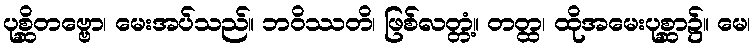
ပုစ္ဆိတဗ္ဗော၊ မေးအပ်သည်။ ဘဝိဿတိ၊ ဖြစ်လတ္တံ့။ တတ္ထ၊ ထိုအမေးပုစ္ဆာ၌။ မေ၊